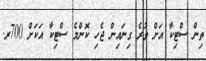
ތިން ސްޓިކާ އަށް ވުރެ ގިނައިން ޖެހި ކޮންމެ ސްޓިކާ އަކަށް 700ރ.